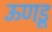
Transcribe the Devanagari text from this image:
ऊणडू